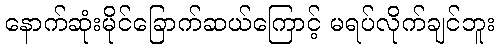
နောက်ဆုံးမိုင်ခြောက်ဆယ်ကြောင့် မရပ်လိုက်ချင်ဘူး